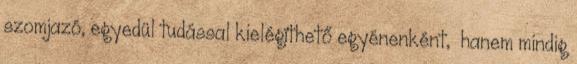
szomjazó, egyedül tudással kielégíthető egyénenként, hanem mindig